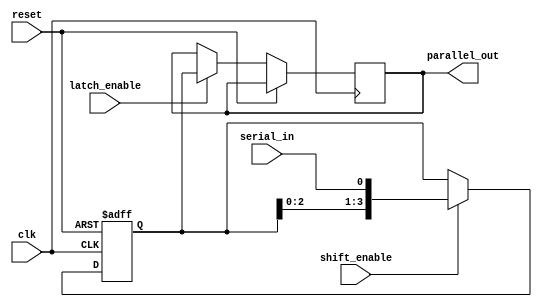
module serial_parallel_register(
  input clk,  // Clock signal
  input reset, // Reset signal
  input serial_in, // Serial input data
  output reg [3:0] parallel_out, // Parallel output data
  input shift_enable, // Control signal for shifting data in
  input latch_enable // Control signal for latching parallel output data
);

reg [3:0] data; // Data stored in the register

always @(posedge clk or posedge reset) begin
  if (reset) begin
    data <= 4'b0; // Reset data to 0
  end else begin
    if (shift_enable) begin
      data <= {data[2:0], serial_in}; // Shift in the serial input data
    end
    if (latch_enable) begin
      parallel_out <= data; // Output the parallel data
    end
  end
end

endmodule